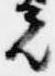
光